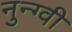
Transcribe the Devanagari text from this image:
नुन्ग्वी